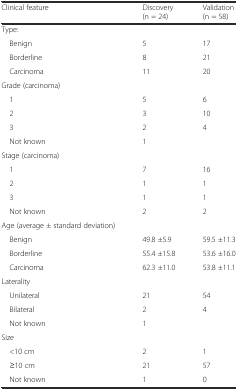
<table><thead><tr><td><b>Clinical feature</b></td><td><b>Discovery (n = 24)</b></td><td><b>Validation (n = 58)</b></td></tr></thead><tbody><tr><td>Type:</td><td></td><td></td></tr><tr><td> Benign</td><td>5</td><td>17</td></tr><tr><td> Borderline</td><td>8</td><td>21</td></tr><tr><td> Carcinoma</td><td>11</td><td>20</td></tr><tr><td>Grade (carcinoma)</td><td></td><td></td></tr><tr><td> 1</td><td>5</td><td>6</td></tr><tr><td> 2</td><td>3</td><td>10</td></tr><tr><td> 3</td><td>2</td><td>4</td></tr><tr><td> Not known</td><td>1</td><td></td></tr><tr><td>Stage (carcinoma)</td><td></td><td></td></tr><tr><td> 1</td><td>7</td><td>16</td></tr><tr><td> 2</td><td>1</td><td>1</td></tr><tr><td> 3</td><td>1</td><td>1</td></tr><tr><td> Not known</td><td>2</td><td>2</td></tr><tr><td>Age (average ± standard deviation)</td><td></td><td></td></tr><tr><td> Benign</td><td>49.8 ±5.9</td><td>59.5 ±11.3</td></tr><tr><td> Borderline</td><td>55.4 ±15.8</td><td>53.6 ±16.0</td></tr><tr><td> Carcinoma</td><td>62.3 ±11.0</td><td>53.8 ±11.1</td></tr><tr><td>Laterality</td><td></td><td></td></tr><tr><td> Unilateral</td><td>21</td><td>54</td></tr><tr><td> Bilateral</td><td>2</td><td>4</td></tr><tr><td> Not known</td><td>1</td><td></td></tr><tr><td>Size</td><td></td><td></td></tr><tr><td> &lt;10 cm</td><td>2</td><td>1</td></tr><tr><td> ≥10 cm</td><td>21</td><td>57</td></tr><tr><td> Not known</td><td>1</td><td>0</td></tr></tbody></table>